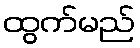
ထွက်မည်